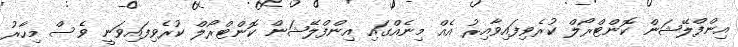
އިންފްލޭޝަން ކޮންޓްރޯލް ކުރެވިފައިވާއިރު އެއް މިނެއްގައި އިންފްލޭޝަން ކޮންޓްރޯލް ކުރެވިފައިވަނީ ވެސް މިހާރު